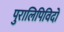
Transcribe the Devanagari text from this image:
पुरालिपिविदों